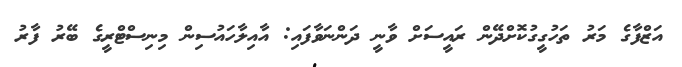
އަޒްފާގެ މަރު ތަހުގީގުކޮށްދޭން ރައީސަށް ވާނީ ދަންނަވާފައި: އާއިލާހައުސިން މިނިސްޓްރީގެ ބޭރު ފާރު